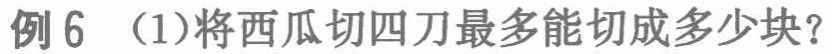
例6 （1）将西瓜切四刀最多能切成多少块？